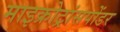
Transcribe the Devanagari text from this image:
माइक्रोट्रांसपोंडर